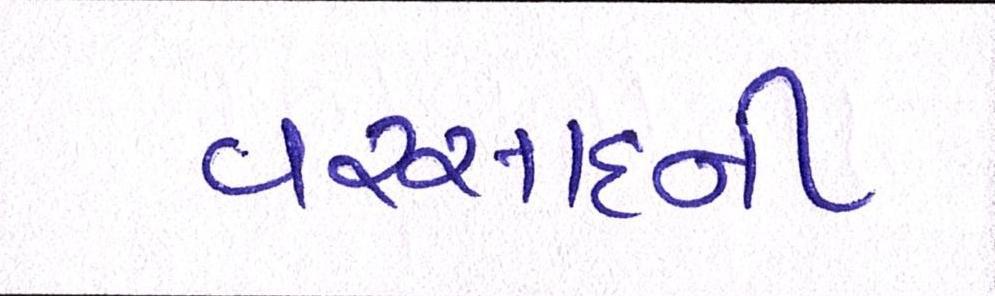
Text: વરસાદની